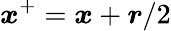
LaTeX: \boldsymbol{\mathit{x}}^{+}=\boldsymbol{\mathit{x}}+\boldsymbol{r}/2